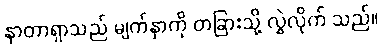
နာတာရှာသည် မျက်နှာကို တခြားသို့ လွှဲလိုက် သည်။